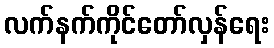
လက်နက်ကိုင်တော်လှန်ရေး